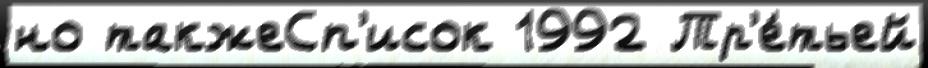
но такжеСп'исок 1992 Тр'е́тьей